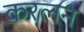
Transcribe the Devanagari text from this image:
करलन